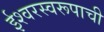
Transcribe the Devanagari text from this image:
ईश्वरस्वरूपाची